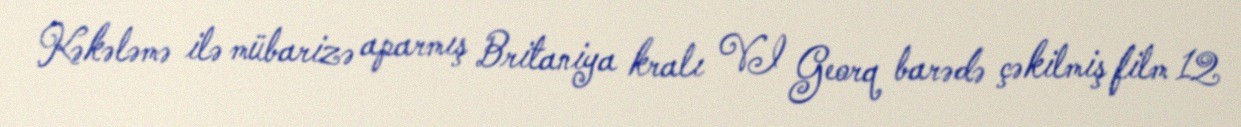
Kəkələmə ilə mübarizə aparmış Britaniya kralı VI Georq barədə çəkilmiş film 12